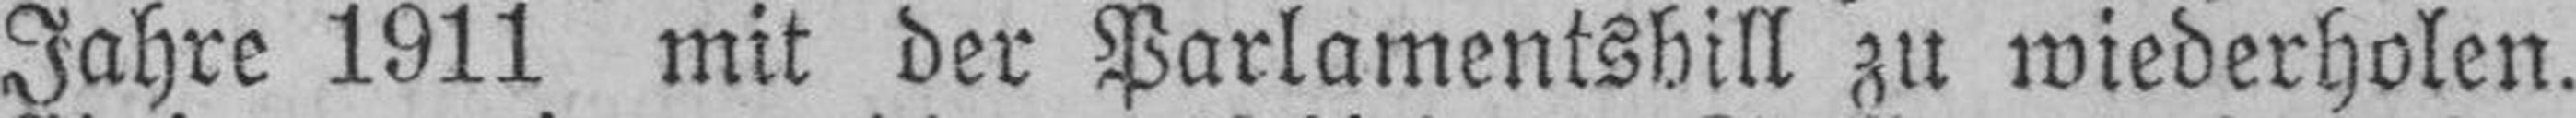
Jahre 1911 mit der Parlamentsbill zu wiederholen.